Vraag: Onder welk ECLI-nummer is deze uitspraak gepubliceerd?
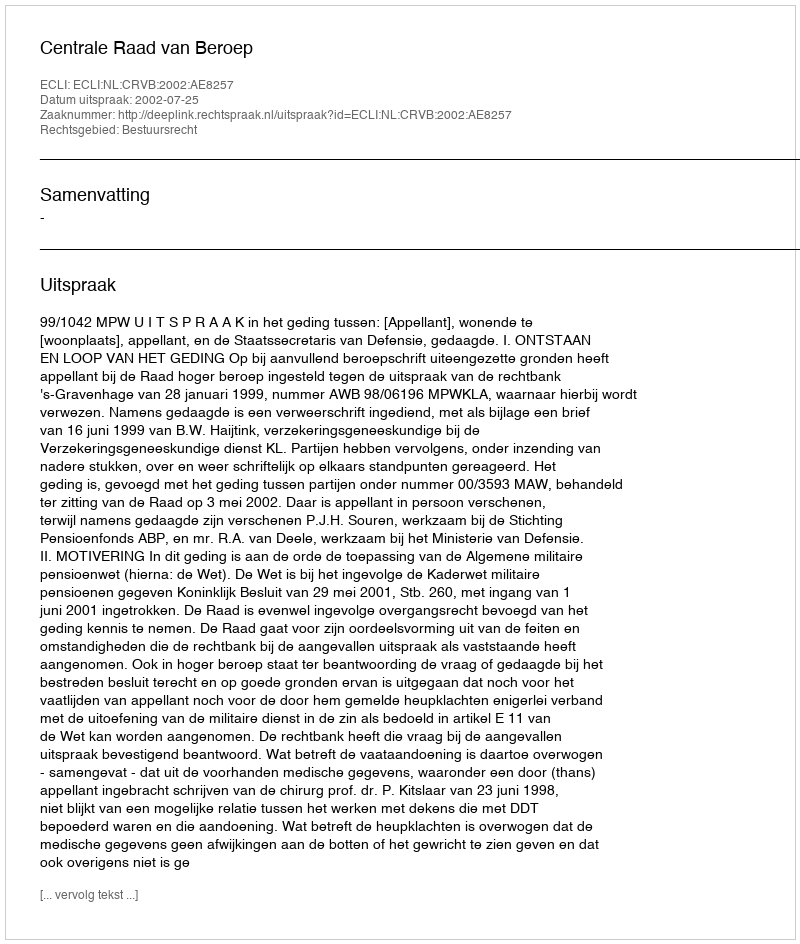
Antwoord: ECLI:NL:CRVB:2002:AE8257